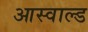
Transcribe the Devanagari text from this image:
आस्वाल्ड